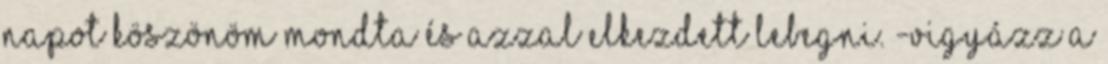
napot Köszönöm Mondta és azzal elkezdett lebegni. -Vigyázz a